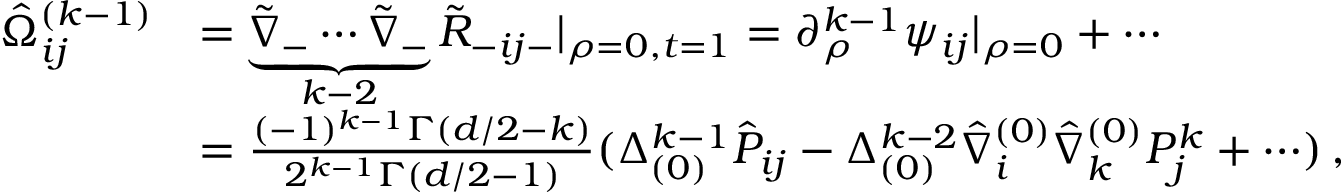
\begin{array} { r l } { \hat { \Omega } _ { i j } ^ { ( k - 1 ) } } & { = \underbrace { \tilde { \nabla } _ { - } \cdots \tilde { \nabla } _ { - } } _ { k - 2 } \tilde { R } _ { - i j - } | _ { \rho = 0 , t = 1 } = \partial _ { \rho } ^ { k - 1 } \psi _ { i j } | _ { \rho = 0 } + \cdots } \\ & { = \frac { ( - 1 ) ^ { k - 1 } \Gamma ( d / 2 - k ) } { 2 ^ { k - 1 } \Gamma ( d / 2 - 1 ) } ( \Delta _ { ( 0 ) } ^ { k - 1 } \hat { P } _ { i j } - \Delta _ { ( 0 ) } ^ { k - 2 } \hat { \nabla } _ { i } ^ { ( 0 ) } \hat { \nabla } _ { k } ^ { ( 0 ) } P _ { j } ^ { k } + { \cdots } ) \, , } \end{array}